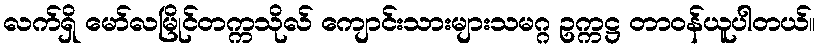
လက်ရှိ မော်လမြိုင်တက္ကသိုလ် ကျောင်းသားများသမဂ္ဂ ဥက္ကဋ္ဌ တာဝန်ယူပါတယ်။